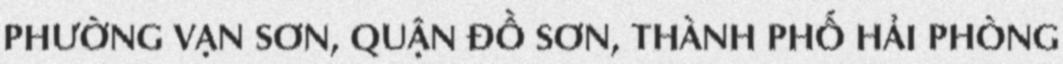
PHƯỜNG VẠN SƠN, QUẬN ĐỒ SƠN, THÀNH PHỐ HẢI PHÒNG